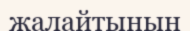
жалайтынын